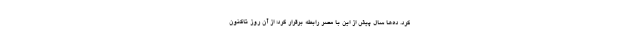
کرد. دَه‌ها سال پیش از این با مصر رابطه برقرار کرد؛ از آن روز تاکنون